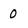
Character: 0